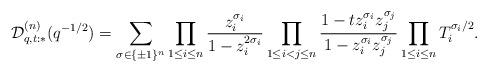
LaTeX: \begin{gather*} {\cal D}^{(n)}_{q,t:*}(q^{-1/2}) = \sum_{\sigma\in \{\pm 1\}^n}\prod_{1\le i\le n} \frac{z_i^{\sigma_i}} {1-z_i^{2\sigma_i}}\prod_{1\le i<j\le n} \frac{1-t z_i^{\sigma_i} z_j^{\sigma_j}} {1-z_i^{\sigma_i} z_j^{\sigma_j}}\prod_{1\le i\le n}T_i^{\sigma_i/2}.\end{gather*}